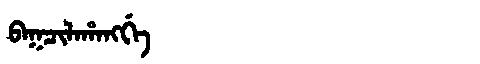
Manchu: ᠪᠠᡴᠴᡳᠯᠠᡥᠠᠩᡤᡝ
Romanization: BAKCILAHANGGE